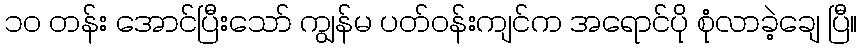
၁၀ တန်း အောင်ပြီးသော် ကျွန်မ ပတ်ဝန်းကျင်က အရောင်ပို စုံလာခဲ့ချေ ပြီ။